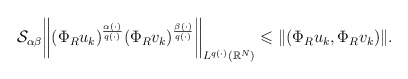
\begin{align*} \mathcal{S}_{\alpha\beta} \bigg\|(\Phi_{R}u_{k})^{\frac{\alpha(\cdot)}{q(\cdot)}}(\Phi_{R}v_{k})^{\frac{\beta(\cdot)}{q(\cdot)}}\bigg\|_{L^{q(\cdot)}(\mathbb{R}^{N}) } \leqslant \|( \Phi_{R}u_k,\Phi_{R}v_k)\|. \end{align*}